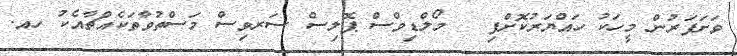
ވަށަފަރުން މީހަކު ހައްޔަރުކޮށްފި   މޯލްޑިވްސް ޕޮލިސް ސަރވިސް މަސްތުވާތަކެއްޗާއެކު ހއ.